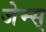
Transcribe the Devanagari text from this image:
जेम्स्